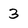
Character: 3